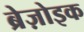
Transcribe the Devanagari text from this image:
ब्रेज़ोइक